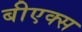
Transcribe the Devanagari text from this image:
बीएक्स